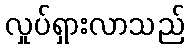
လှုပ်ရှားလာသည်